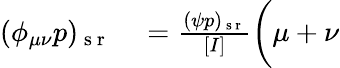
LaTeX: \begin{array}{rl}{(\phi_{\mu\nu}p)_{\mathrm{~s~r~}}}&{{}=\frac{(\psi p)_{\mathrm{~s~r~}}}{[I]}\bigg(\mu+\nu}\end{array}